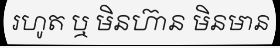
រហូត ឬ មិនហ៊ាន មិនមាន